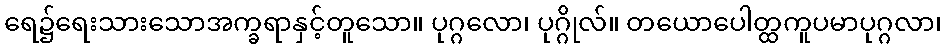
ရေ၌ရေးသားသောအက္ခရာနှင့်တူသော။ ပုဂ္ဂလော၊ ပုဂ္ဂိုလ်။ တယောပေါတ္ထကူပမာပုဂ္ဂလာ၊